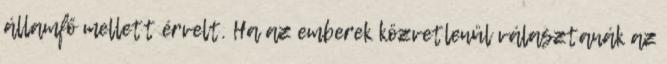
államfő mellett érvelt. Ha az emberek közvetlenül választanák az